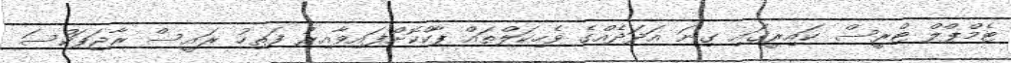
ޓެމްޕްލް ޓްރީސް ކައިރީގައި ގިނަ އަދަދެއްގެ ވެހިކަލްތައް ޕާކްކޮށްފައިވާއިރު ފަތިހު ރައީސް ރާޖަޕަކްސަ